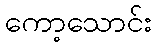
ကော့သောင်း